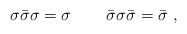
\begin{align*}\sigma \bar\sigma \sigma=\sigma\,\qquad \bar\sigma \sigma \bar\sigma = \bar\sigma\,\,,\end{align*}